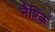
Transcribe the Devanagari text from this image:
नैष्टिक